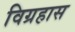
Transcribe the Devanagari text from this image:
विग्रहास